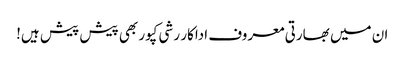
ان میں بھارتی معروف اداکار رشی کپور بھی پیش پیش ہیں!